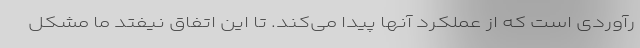
رآوردی است که از عملکرد آنها پیدا می‌کند. تا این اتفاق نیفتد ما مشکل